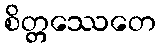
စိတ္တဿေတေ